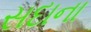
સદાના